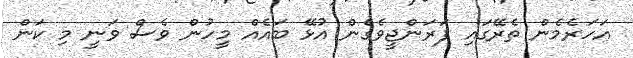
އަހަރެމެން ތެރޭގައި ފަރަންޖީވެގެން އުޅޭ ބައެއް މީހުން ވެސް ވަނީ މި ކަން